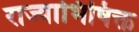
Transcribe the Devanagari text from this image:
राज्याभिषिक्त